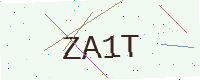
Text: ZA1T